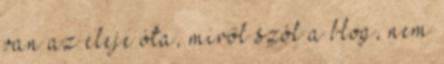
van az eleje óta, miről szól a blog, nem